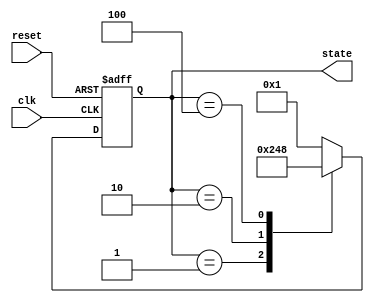
module StateInitialization (
    input wire clk,              // Clock signal
    input wire reset,            // Active-high reset signal
    output reg [3:0] state       // 4-bit state output
);

    // Predefined initial state values
    parameter [3:0] INITIAL_STATE = 4'b0001; // Example initial state
    parameter [3:0] STATE_A = 4'b0001;
    parameter [3:0] STATE_B = 4'b0010;
    parameter [3:0] STATE_C = 4'b0100;
    parameter [3:0] STATE_D = 4'b1000;

    // State transition example based on current state
    always @(posedge clk or posedge reset) begin
        if (reset) begin
            // Initialize states to predefined values on reset
            state <= INITIAL_STATE; 
        end else begin
            // State transition logic
            case (state)
                STATE_A: state <= STATE_B; // Transition from State A to B
                STATE_B: state <= STATE_C; // Transition from State B to C
                STATE_C: state <= STATE_D; // Transition from State C to D
                STATE_D: state <= STATE_A; // Transition from State D to A
                default: state <= INITIAL_STATE; // Default case
            endcase
        end
    end

endmodule